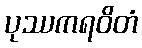
ပုဿကရဝိတံ